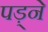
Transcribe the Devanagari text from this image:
पड़्ने